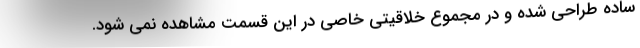
ساده طراحی شده و در مجموع خلاقیتی خاصی در این قسمت مشاهده نمی شود.